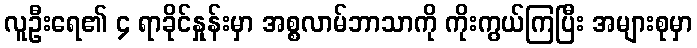
လူဦးရေ၏ ၄ ရာခိုင်နှုန်းမှာ အစ္စလာမ်ဘာသာကို ကိုးကွယ်ကြပြီး အများစုမှာ